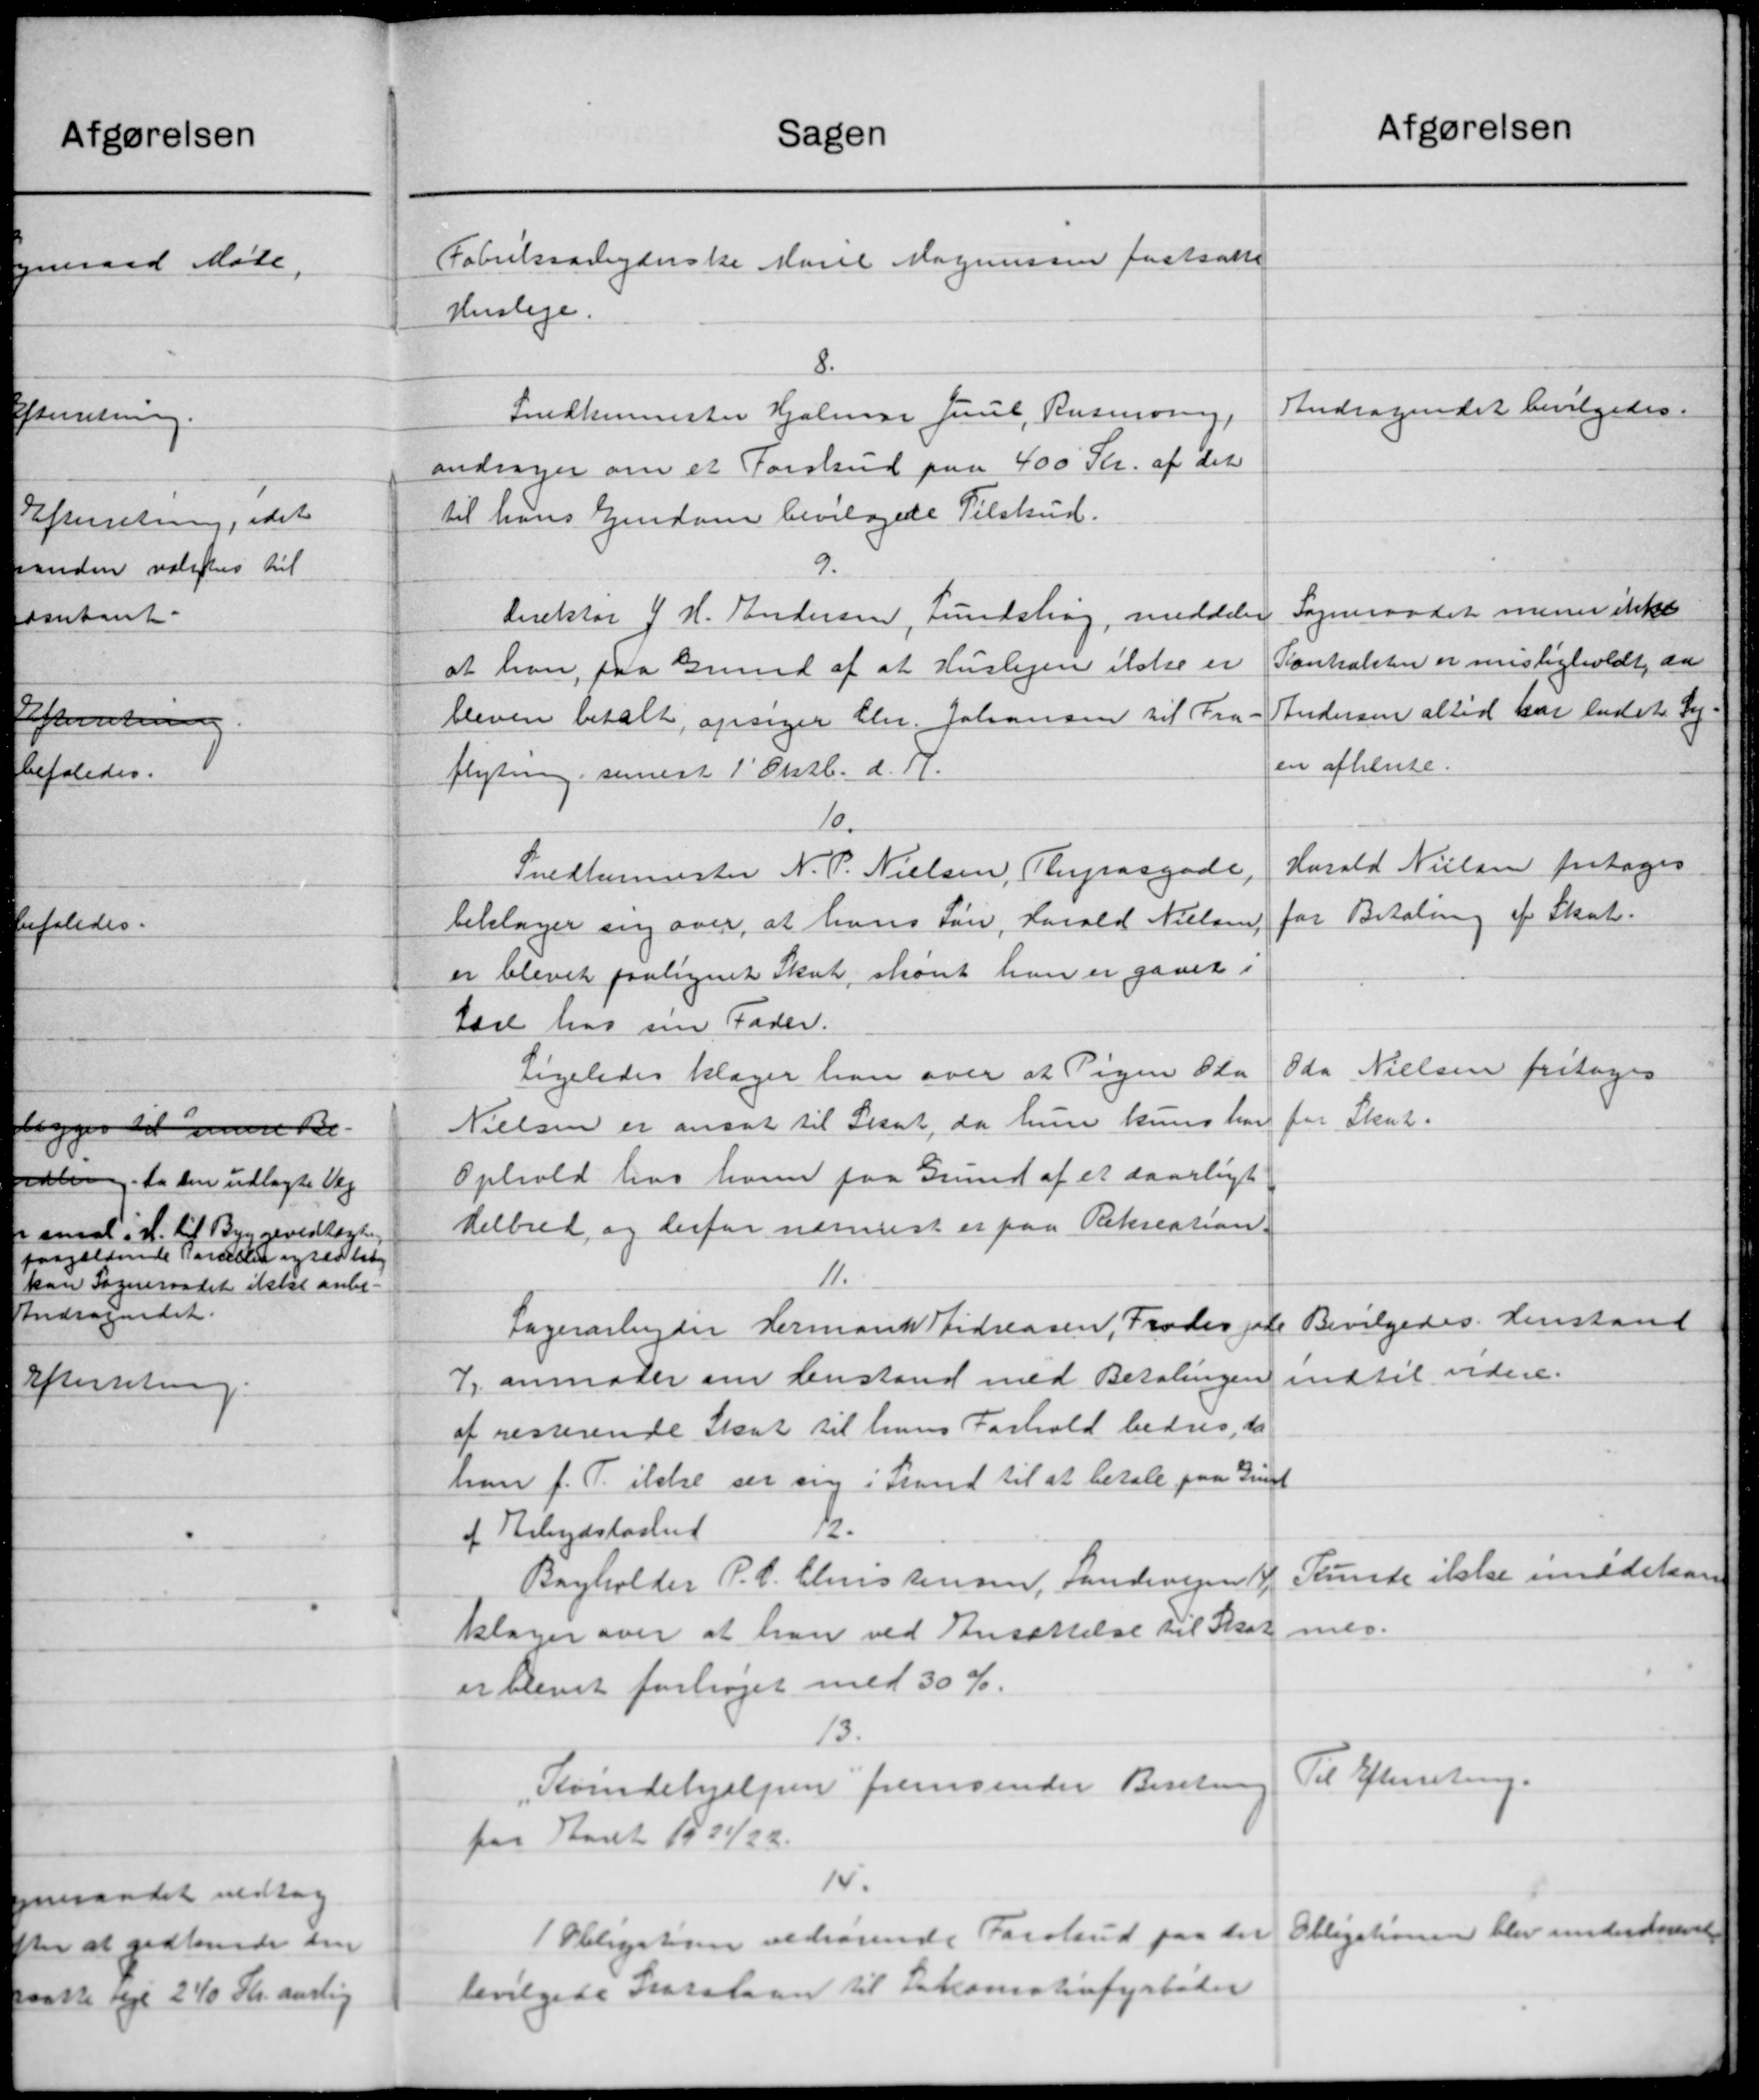
Transskription:
Sagen
Fabriksarbejderske Marie Magnussen fastsatte
Husleje.
8.
Snedkermester Hjalmar Juul, Rasmining,
andrager om et Forskud paa 400 Kr. af det
til hans Ejendom bevilgede Tilskud.
9.
Direktør J. H. Andersen, Lundshøg, meddeler
at han paa Grund af at Huslejen ikke er
bleven betalt, opsiger Chr. Johansen til Fra
flytning senest 1' Oktb. d. A.
10.
Snedkermester N. P. Nielsen, Thyrasgade,
tillager sig over, at hans Løn, Harald Nielsen,
er blevet paalignet Skat, skønt han er gavet i
tære hos sin Fader.
Ligeledes klager han over at Pigen Pla
Nielsen er ansat til Skat, da hun kuns har
Ophold hos ham paa Grund af et daarligt
Helbred og derfor nærmest er paa Rekreation.
11.
Lagerarbejder Hermand Bidreasen, Froder gode
7, anmoder om henstand med Betalingen
af resterende Skat til hans Forhold bedres, da
han f. T. ikke ser sig i Stand til at betale paa Grund
12.
af Arbejdsløshed
Bagholder P. C. Christensen, Landevejen 14
klager over at han ved Ansættelse til Skat
er blevet forhøjet med 30 %.
13.
Kvindehjælpen fremsender Beretning
for Aaret 1921/22.
14.
1 Obligation vedrørende Forskud paa der
bevilgede Statslaan til Salomatiofyrbøder